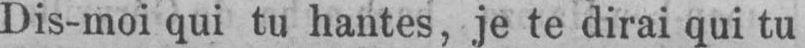
Dis-moi qui tu hantes, je te dirai qui tu